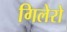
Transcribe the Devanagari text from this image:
गिलेरो